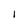
Character: I